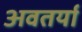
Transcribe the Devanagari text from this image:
अवतर्या